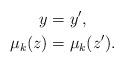
LaTeX: \begin{align*} y & = y' ,\\ \mu_k(z)&=\mu_k(z'). \end{align*}